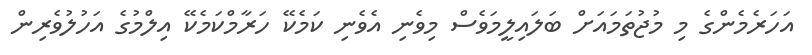
އަހަރެމެންގެ މި މުޖުތަމައަށް ބަލައިލީމަވެސް މިވެނި އެވެނި ކަމެކޭ ހަރާމްކަމެކޭ އިލްމުގެ އަހުލުވެރިން